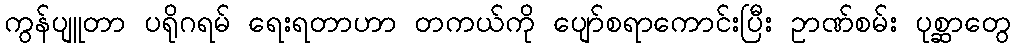
ကွန်ပျူတာ ပရိုဂရမ် ရေးရတာဟာ တကယ်ကို ပျော်စရာကောင်းပြီး ဥာဏ်စမ်း ပုစ္ဆာတွေ